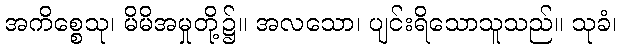
အကိစ္စေသု၊ မိမိအမှုတို့၌။ အလသော၊ ပျင်းရိသောသူသည်။ သုခံ၊